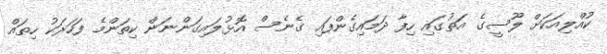
ކުއްލިއަކަށް ލޫސީގެ އަތުގައި ހިފާ ދަމައިގެންފައި ގެނެސް އޮޅުލައިގަންނަން ކިތަންމެ ފަހަރަކު ހިތައް